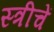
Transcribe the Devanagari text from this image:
स्त्रीचें